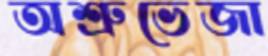
অশ্রুভেজা